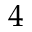
4